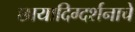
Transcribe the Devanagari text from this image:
छायादिग्दर्शनाचे